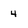
Character: 4